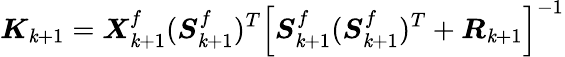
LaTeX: \boldsymbol{K}_{\mathit{k}+1}=\boldsymbol{X}_{\mathit{k}+1}^{f}(\boldsymbol{S}_{\mathit{k}+1}^{f})^{T}\left[\boldsymbol{S}_{\mathit{k}+1}^{f}(\boldsymbol{S}_{\mathit{k}+1}^{f})^{T}+\boldsymbol{R}_{\mathit{k}+1}\right]^{-1}